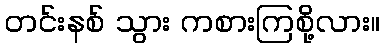
တင်းနစ် သွား ကစားကြစို့လား။